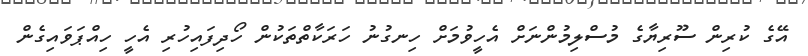
އޭގެ ކުރިން ސޫރިޔާގެ މުސްލިމުންނަށް އެހީވުމަށް ހިނގުނު ހަރަކާތްތަކުން ހޯދިފައިހުރި އެހީ ހިއްޕަވައިގެން